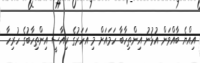
އިއްޔެ ބާއްވަން އުޅުނު އިންތިހާބާ ހަމައަށް މި އަހަރުގެ ރިއާސީ އިންތިހާބުގެ ހުރިހާ